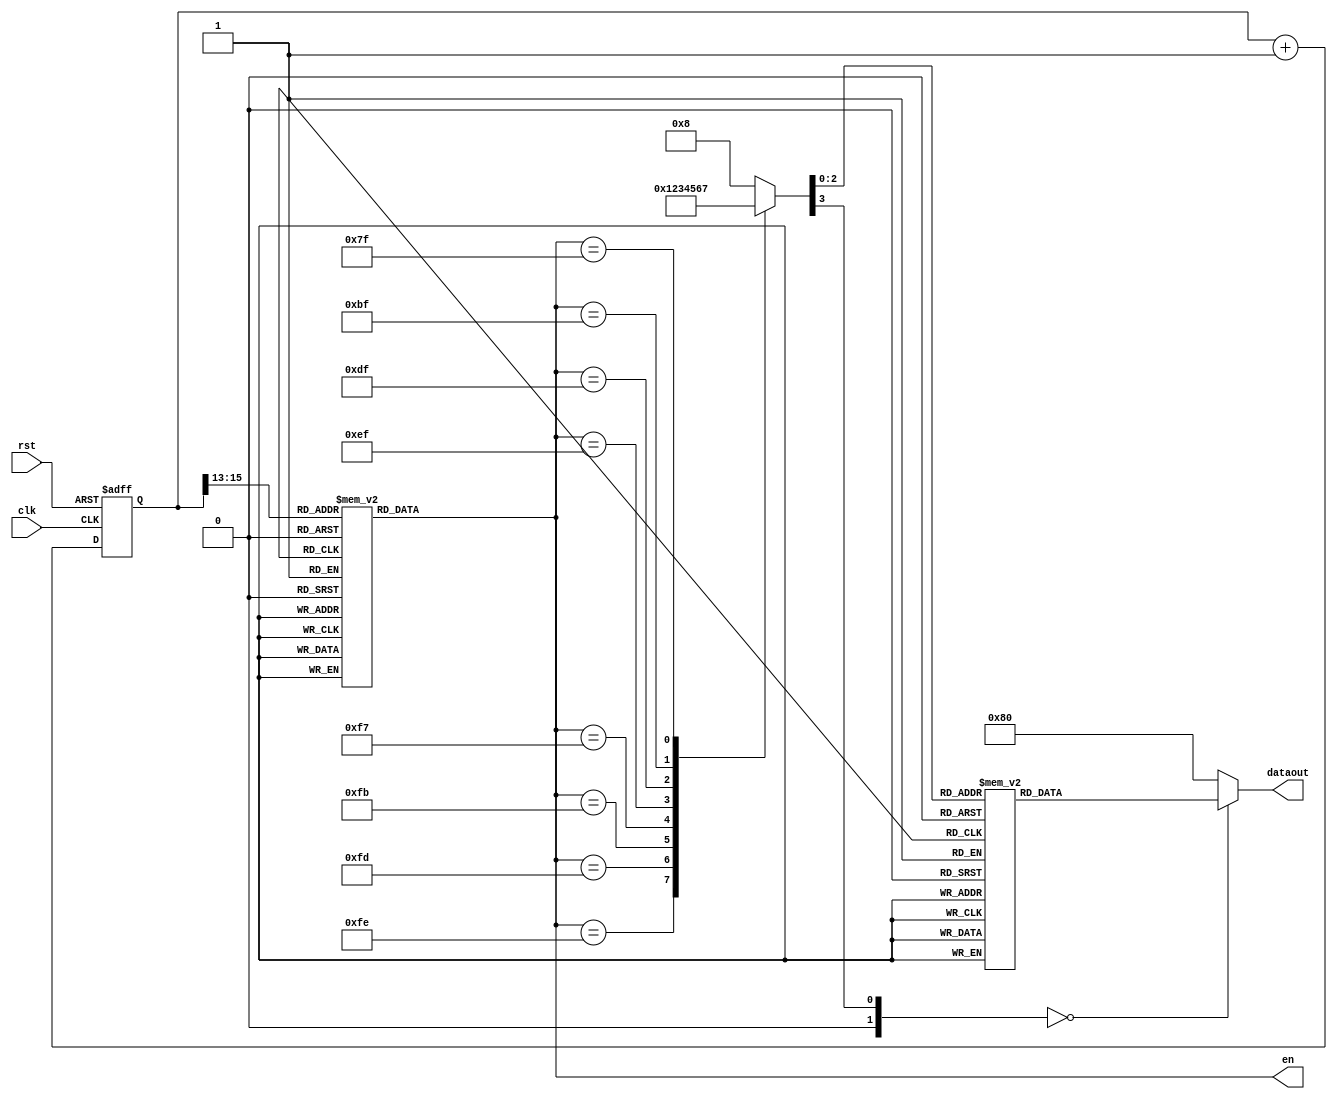



module led_0_7 (clk,rst,dataout,en);

input clk,rst;         //????50M?? ?17????
output[7:0] dataout;   //????????
output[7:0] en;        //??????????

reg[7:0] dataout;     
reg[7:0] en;

reg[15:0] cnt_scan;   //???????????
reg[4:0] dataout_buf;

always@(posedge clk or negedge  rst)
begin
	if(!rst) begin
		cnt_scan<=0;
		
	 end
	else begin
		cnt_scan<=cnt_scan+1;
                  //?????????????
		end
end

always @(cnt_scan)
begin
   case(cnt_scan[15:13])
                //case??????????????????
                //??cnt_scan[15:13]??????????????
       3'b000 :
          en = 8'b1111_1110;  //????????

       3'b001 :
          en = 8'b1111_1101;

       3'b010 :
          en = 8'b1111_1011;

       3'b011 :
          en = 8'b1111_0111;

       3'b100 :
          en = 8'b1110_1111;

       3'b101 :
          en = 8'b1101_1111;

       3'b110 :
          en = 8'b1011_1111;

       3'b111 :
          en = 8'b0111_1111;

       default :
          en = 8'b1111_1110;  //????????
    endcase
end
always@(en) //??COM????????
begin
	case(en)
		8'b1111_1110:          //??????????
			dataout_buf=0; //??????????
		8'b1111_1101:
			dataout_buf=1;
		8'b1111_1011:
			dataout_buf=2;
		8'b1111_0111:
			dataout_buf=3;	
		8'b1110_1111:
			dataout_buf=4;
		8'b1101_1111:
			dataout_buf=5;
		8'b1011_1111:
			dataout_buf=6;
		8'b0111_1111:
			dataout_buf=7;
		default: 
			dataout_buf=8;
	 endcase
end

always@(dataout_buf)
begin

	case(dataout_buf)
		4'b0000:
			dataout=8'b1100_0000; //???????0???
		4'b0001:
			dataout=8'b1111_1001;
		4'b0010:
			dataout=8'b1010_0100;
		4'b0011:
			dataout=8'b1011_0000;
		4'b0100:
			dataout=8'b1001_1001;
		4'b0101:
			dataout=8'b1001_0010;
		4'b0110:
			dataout=8'b1000_0010;
		4'b0111:
			dataout=8'b1111_1000; //???????7???
		default: 
			dataout=8'b1000_0000;
	 endcase
end

endmodule